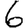
Digit: 6